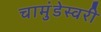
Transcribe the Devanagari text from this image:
चामुंडेस्वरी